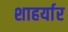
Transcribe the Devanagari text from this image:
शाहर्यार